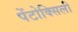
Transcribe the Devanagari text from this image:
पेंटोक्सिली